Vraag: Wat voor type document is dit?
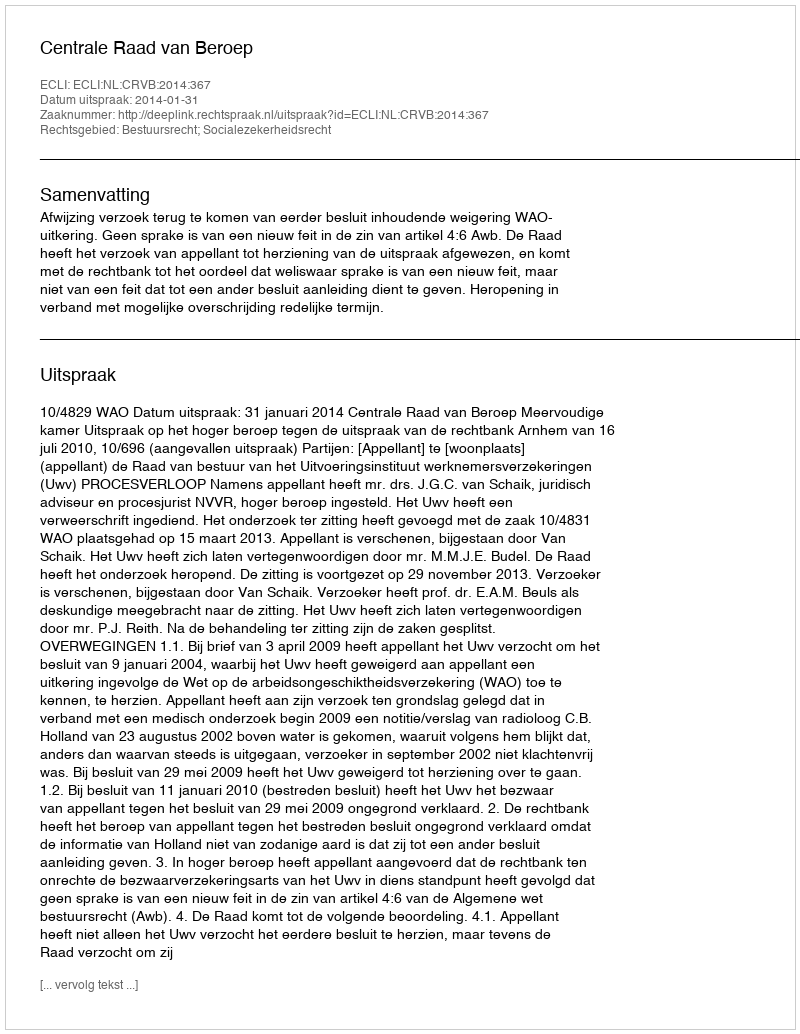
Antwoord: Uitspraak